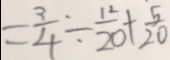
= \frac { 3 } { 4 } \div \frac { 1 2 } { 2 0 } + \frac { 5 } { 2 0 }